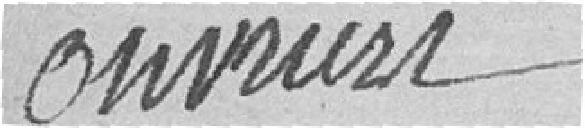
ouvriers